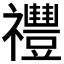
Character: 𥜨